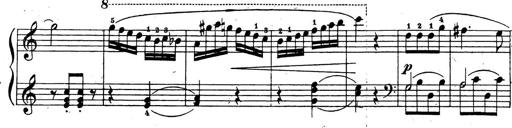
Title: 10 Sonatinas
Composer: Fritz Spindler